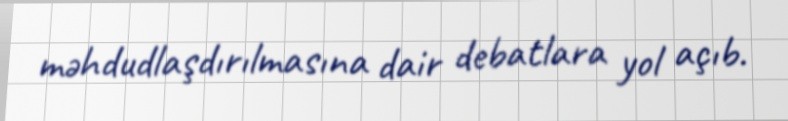
məhdudlaşdırılmasına dair debatlara yol açıb.